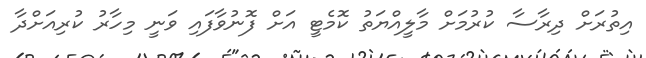
އިތުރަށް ދިރާސާ ކުރުމަށް މާލީއްޔަތު ކޮމެޓީ އަށް ފޮނުވާފައި ވަނީ މިހާރު ކުރިއަށްދާ